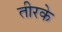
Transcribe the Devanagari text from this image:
तीरके